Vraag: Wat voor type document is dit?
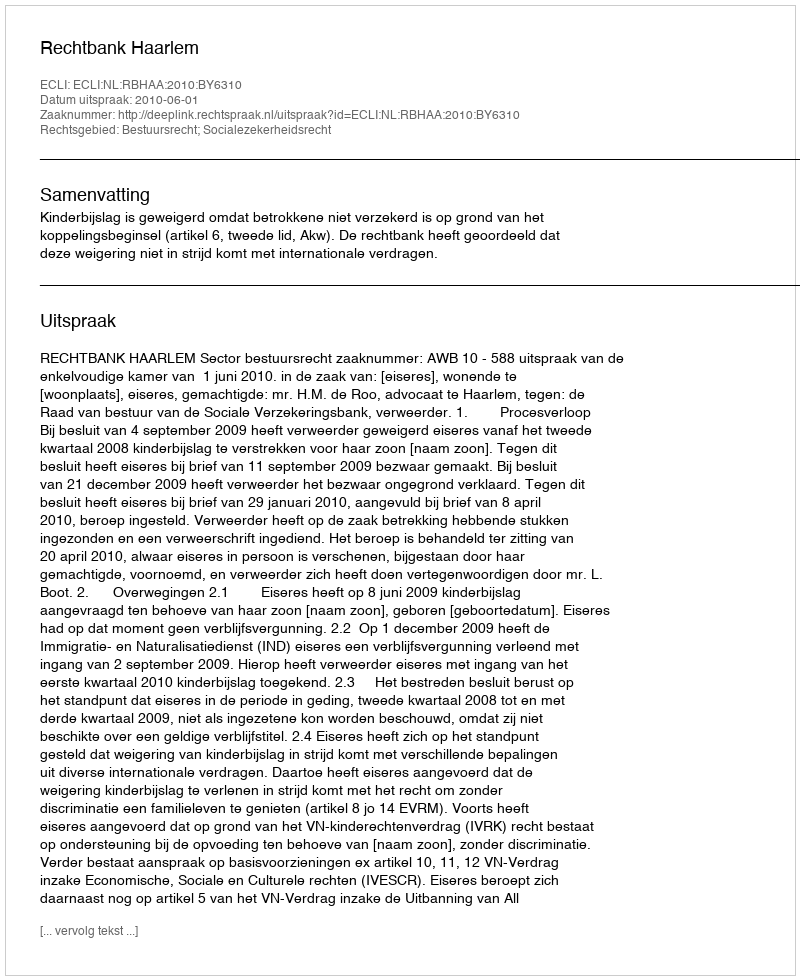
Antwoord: Uitspraak